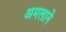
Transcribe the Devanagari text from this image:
अमलाने